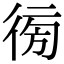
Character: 𢔚